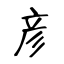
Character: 彦